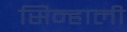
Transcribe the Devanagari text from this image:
सिन्हाली